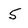
Character: 5